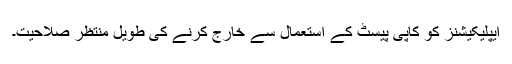
ایپلیکیشنز کو کاپی پیسٹ کے استعمال سے خارج کرنے کی طویل منتظر صلاحیت۔